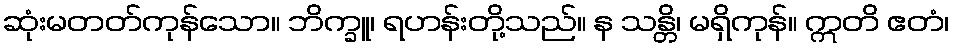
ဆုံးမတတ်ကုန်သော။ ဘိက္ခူ၊ ရဟန်းတို့သည်။ န သန္တိ၊ မရှိကုန်။ ဣတိ ဧတံ၊